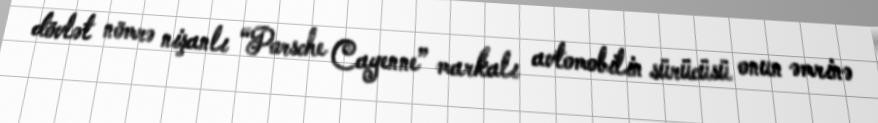
dövlət nömrə nişanlı “Porsche Cayenne” markalı avtomobilin sürücüsü onun əmrinə